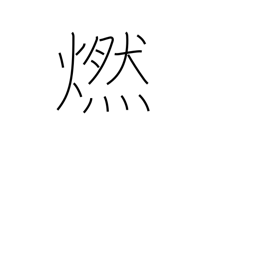
Meaning: glow